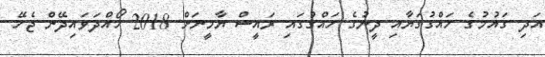
އަދި ގައުމުގެ ހައްގުގަޔާއި ދީނުގެ ހައްގުގައި ރައީސް ޔާމީނަށް 2018 ހޯއްދަވައިދޭން ޖެހޭ